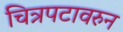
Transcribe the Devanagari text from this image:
चित्रपटावरुन